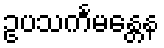
ဥပသင်္ကမန္တေန